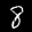
Label: 8